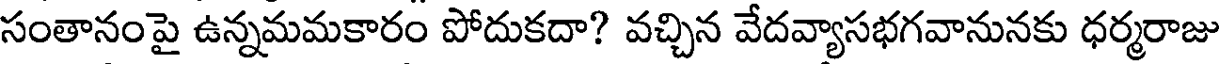
సంతానంపై ఉన్నమమకారం పోదుకదా? వచ్చిన వేదవ్యాసభగవానునకు ధర్మరాజు